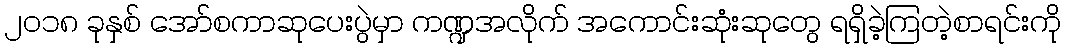
၂၀၁၈ ခုနှစ် အော်စကာဆုပေးပွဲမှာ ကဏ္ဍအလိုက် အကောင်းဆုံးဆုတွေ ရရှိခဲ့ကြတဲ့စာရင်းကို